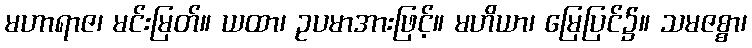
မဟာရာဇ၊ မင်းမြတ်။ ယထာ၊ ဥပမာအားဖြင့်။ မဟိယာ၊ မြေပြင်၌။ သမဇစ္စာ၊